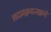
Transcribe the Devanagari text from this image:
त्वदामज्जनात्सज्जनो